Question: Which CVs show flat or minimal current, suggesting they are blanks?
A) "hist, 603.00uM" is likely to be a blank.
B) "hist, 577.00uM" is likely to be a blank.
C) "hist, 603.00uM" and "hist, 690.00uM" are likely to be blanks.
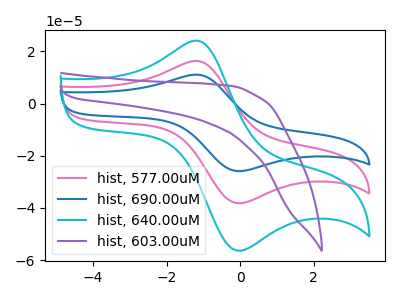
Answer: <think>The pink curve "hist, 577.00uM" has an anodic peak at (-1.15V, 16.25uA) and a cathodic peak at (-0.05V, -38.25uA). The blue curve "hist, 690.00uM" has an anodic peak at (-1.15V, 32.50uA) and a cathodic peak at (-0.05V, -76.45uA). The cyan curve "hist, 640.00uM" has an anodic peak at (-1.15V, 24.00uA) and a cathodic peak at (-0.05V, -56.40uA). The purple curve "hist, 603.00uM" has no peaks.</think>
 <answer>A) "hist, 603.00uM" is likely to be a blank.</answer>
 <eval>A</eval>